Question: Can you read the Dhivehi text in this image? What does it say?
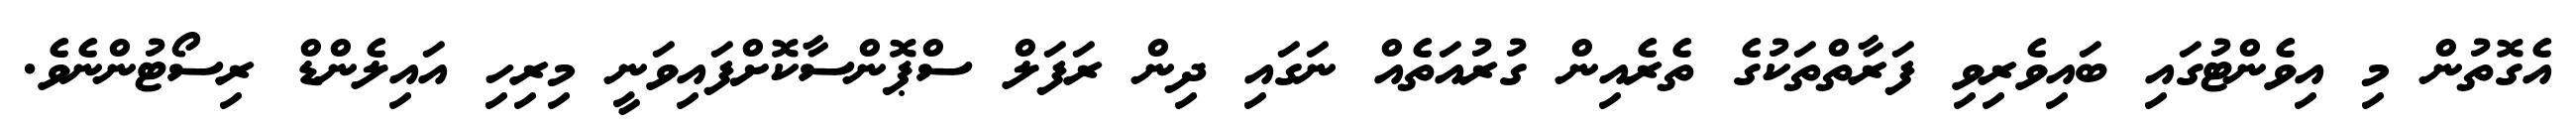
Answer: އެގޮތުން މި އިވެންޓުގައި ބައިވެރިވި ފަރާތްތަކުގެ ތެރެއިން ގުރުއަތެއް ނަގައި ދިން ރަފަލް ސްޕޮންސާކޮށްފައިވަނީ މިރިހި އައިލެންޑް ރިސޯޓުންނެވެ.